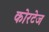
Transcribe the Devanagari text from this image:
कोरटेज